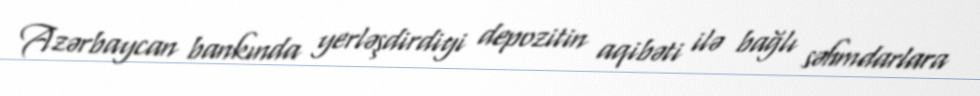
Azərbaycan bankında yerləşdirdiyi depozitin aqibəti ilə bağlı səhmdarlara